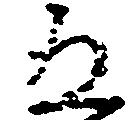
五